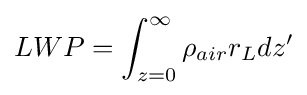
LWP=\int _{z=0}^{\infty }\rho _{air}r_{L}dz'